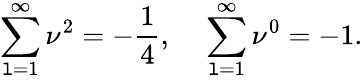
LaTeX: \sum_{\mathtt{l}=1}^{\infty}\nu^{2}=-\frac{{1}}{{4}},~~~~\sum_{\mathtt{l}=1}^{\infty}\nu^{0}=-1.